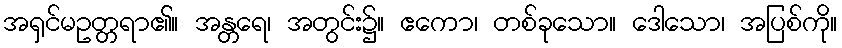
အရှင်မဥတ္တရာ၏။ အန္တရေ၊ အတွင်း၌။ ဧကော၊ တစ်ခုသော။ ဒေါသော၊ အပြစ်ကို။